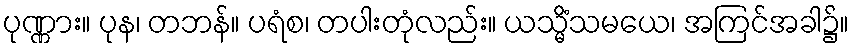
ပုဏ္ဏား။ ပုန၊ တဘန်။ ပရံစ၊ တပါးတုံလည်း။ ယသ္မိံသမယေ၊ အကြင်အခါ၌။